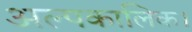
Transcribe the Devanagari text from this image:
अल्पकालिक।